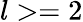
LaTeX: l>=2